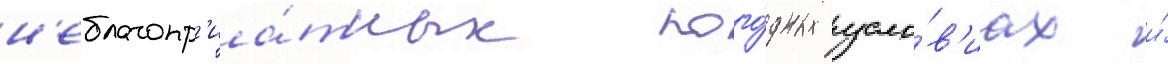
н'еблагопр'иа́тных пого́дных усло́в'иах и́